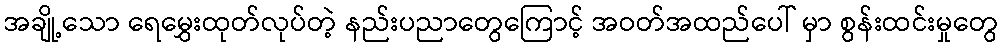
အချို့သော ရေမွှေးထုတ်လုပ်တဲ့ နည်းပညာတွေကြောင့် အဝတ်အထည်ပေါ် မှာ စွန်းထင်းမှုတွေ